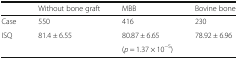
|  | Without bone graft | MBB | Bovine bone |
 | --- | --- | --- | --- |
 | Case | 550 | 416 | 230 |
 | ISQ | 81.4 ± 6.55 | 80.87 ± 6.65 | 78.92 ± 6.96 |
 |  |  | (p = 1.37 × 10−5) |  |